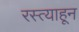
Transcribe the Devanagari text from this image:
रस्त्याहून